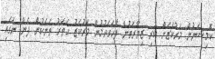
ކޮމިޝަނުން މަރުކަޒަށް ކުރި ޒިޔާރަތުން ފާހަގަވުމުން މަރުކަޒު ހަތަރު ތަނަކުން ފެން ނަގައި